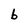
Character: b